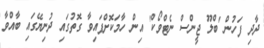
ދާދި ފަހުން 'ބްލޫ ޖީންސް ނެޓްވޯކް' އިން ހާމަކޮށްފައިވާ ގޮތުގައި ދުނިޔޭގައި ބާއްވާ